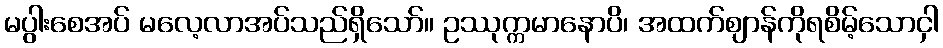
မပွါးစေအပ် မလေ့လာအပ်သည်ရှိသော်။ ဥဿုက္ကမာနောပိ၊ အထက်ဈာန်ကိုရစိမ့်သောငှါ